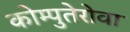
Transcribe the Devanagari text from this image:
कोम्पुतेरोवा